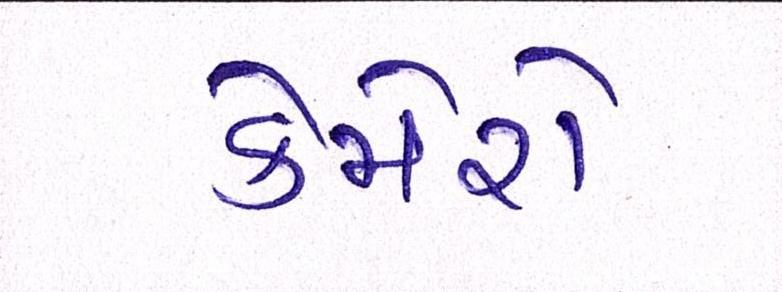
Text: કેમેરો